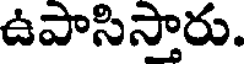
ఉపాసిస్తారు.